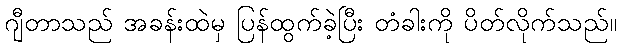
ဂျီတာသည် အခန်းထဲမှ ပြန်ထွက်ခဲ့ပြီး တံခါးကို ပိတ်လိုက်သည်။